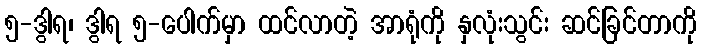
၅-ဒွါရ၊ ဒွါရ ၅-ပေါက်မှာ ထင်လာတဲ့ အာရုံကို နှလုံးသွင်း ဆင်ခြင်တာကို